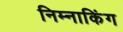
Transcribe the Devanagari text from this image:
निम्नाकिंग